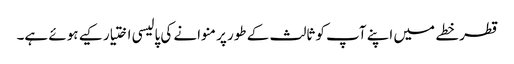
قطر خطے میں اپنے آپ کو ثالث کے طور پر منوانے کی پالیسی اختیار کیے ہوئے ہے۔